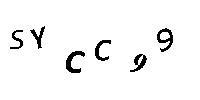
SYCC99